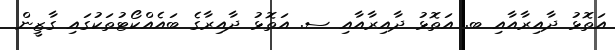
އަތޮޅު ދާއިރާއާއި ބ. އަތޮޅު ދާއިރާއާއި ސ. އަތޮޅު ދާއިރާގެ ބައެއްކޯޓުތަކުގައި ގާޒީން